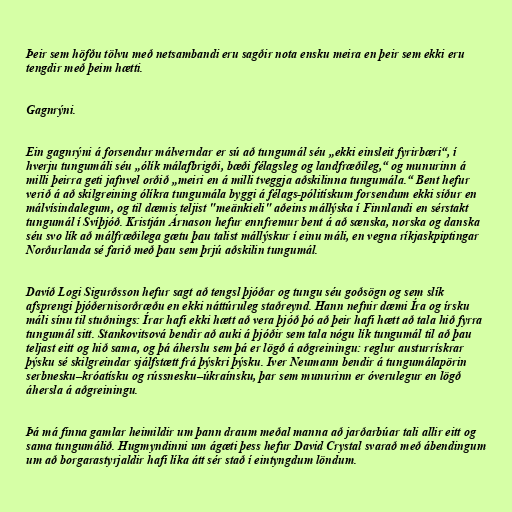
Þeir sem höfðu tölvu með netsambandi eru sagðir nota ensku meira en þeir sem ekki eru
tengdir með þeim hætti.

Gagnrýni.

Ein gagnrýni á forsendur málverndar er sú að tungumál séu „ekki einsleit fyrirbæri“, í
hverju tungumáli séu „ólík málafbrigði, bæði félagsleg og landfræðileg,“ og munurinn á
milli þeirra geti jafnvel orðið „meiri en á milli tveggja aðskilinna tungumála.“ Bent hefur
verið á að skilgreining ólíkra tungumála byggi á félags-pólitískum forsendum ekki síður en
málvísindalegum, og til dæmis teljist "meänkieli" aðeins mállýska í Finnlandi en sérstakt
tungumál í Svíþjóð. Kristján Árnason hefur ennfremur bent á að sænska, norska og danska
séu svo lík að málfræðilega gætu þau talist mállýskur í einu máli, en vegna ríkjaskpiptingar
Norðurlanda sé farið með þau sem þrjú aðskilin tungumál.

Davíð Logi Sigurðsson hefur sagt að tengsl þjóðar og tungu séu goðsögn og sem slík
afsprengi þjóðernisorðræðu en ekki náttúruleg staðreynd. Hann nefnir dæmi Íra og írsku
máli sínu til stuðnings: Írar hafi ekki hætt að vera þjóð þó að þeir hafi hætt að tala hið fyrra
tungumál sitt. Stankovitsová bendir að auki á þjóðir sem tala nógu lík tungumál til að þau
teljast eitt og hið sama, og þá áherslu sem þá er lögð á aðgreiningu: reglur austurrískrar
þýsku sé skilgreindar sjálfstætt frá þýskri þýsku. Iver Neumann bendir á tungumálapörin
serbnesku–króatísku og rússnesku–úkraínsku, þar sem munurinn er óverulegur en lögð
áhersla á aðgreiningu.

Þá má finna gamlar heimildir um þann draum meðal manna að jarðarbúar tali allir eitt og
sama tungumálið. Hugmyndinni um ágæti þess hefur David Crystal svarað með ábendingum
um að borgarastyrjaldir hafi líka átt sér stað í eintyngdum löndum.